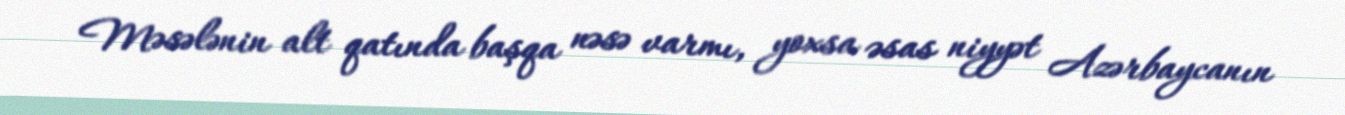
Məsələnin alt qatında başqa nəsə varmı, yoxsa əsas niyyət Azərbaycanın